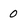
Character: 0